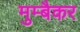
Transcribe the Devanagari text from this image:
मुम्बैकर